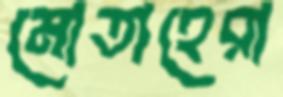
মোতাহেরা